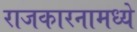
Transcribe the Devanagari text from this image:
राजकारनामध्ये